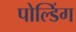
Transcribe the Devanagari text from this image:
पोल्डिंग